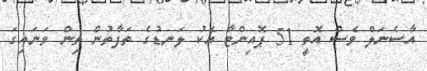
އާސެނަލް ވެސް އޮތީ 51 ޕޮއިންޓާ އެކު ލަނޑުގެ ތަފާތުން ތިން ވަނައިގަ